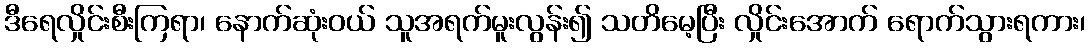
ဒီရေလှိုင်းစီးကြရာ၊ နောက်ဆုံးဝယ် သူအရက်မူးလွန်း၍ သတိမေ့ပြီး လှိုင်းအောက် ရောက်သွားရကား၊